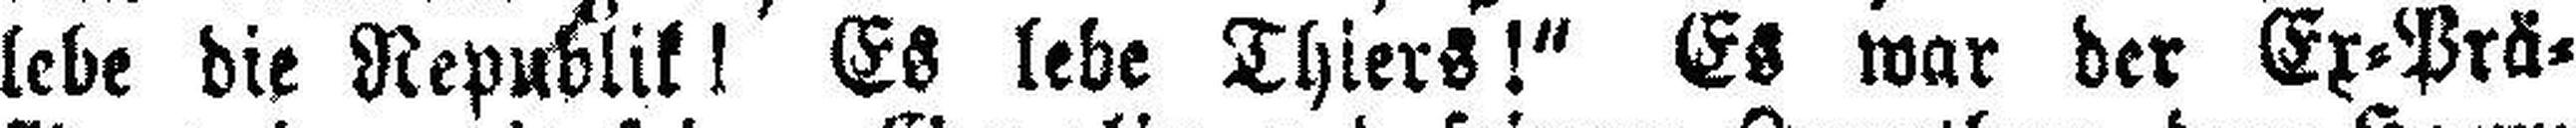
lebe die Republik! Es lebe Thiers!“ Es war der Ex=Prä¬